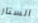
الستار